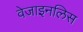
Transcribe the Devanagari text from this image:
वेजाइनलिस